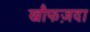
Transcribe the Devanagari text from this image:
खौफज़दा